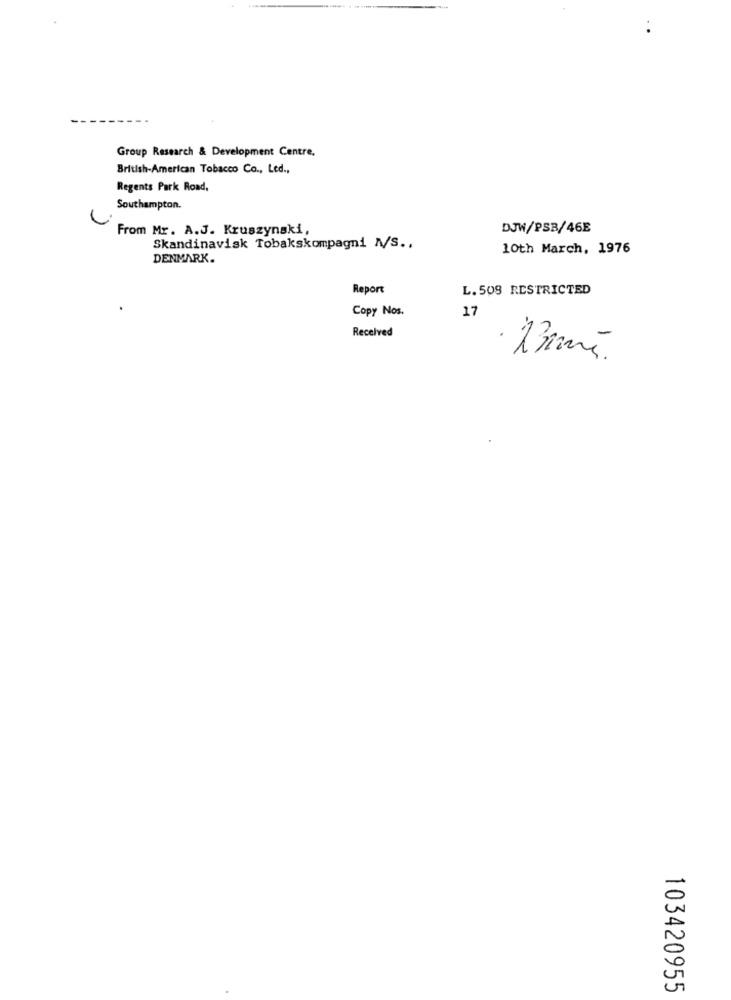
Group Research & Development Centre,
British-American Tobacco Co ., Led .,
Regents Park Road,
Southampton.
From Mr. A.J. Kruszynski,
DJW/PSB/46E
Skandinavisk Tobakskompagni N/S ..
10th March, 1976
DENMARK.
Report
L. 509 RESTRICTED
Copy Nos.
17
Received
103420955